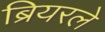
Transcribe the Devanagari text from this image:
ब्रियरले